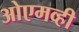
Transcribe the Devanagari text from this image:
ओएमव्ही